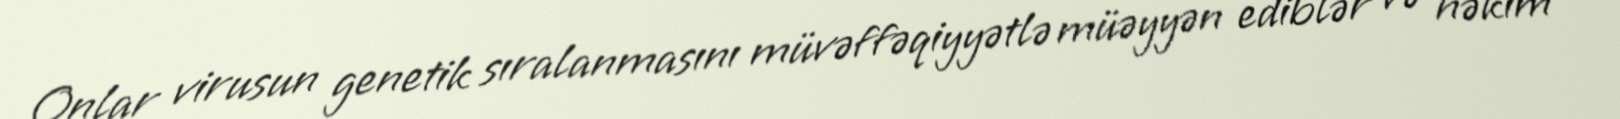
Onlar virusun genetik sıralanmasını müvəffəqiyyətlə müəyyən ediblər və həkim